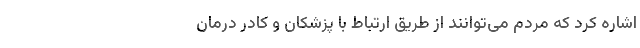
اشاره کرد که مردم می‌توانند از طریق ارتباط با پزشکان و کادر درمان